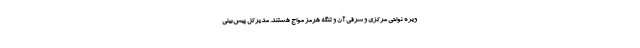
ویژه نواحی مرکزی و شرقی آن و تنگه هرمز مواج هستند. مدیرکل پیش‌بینی